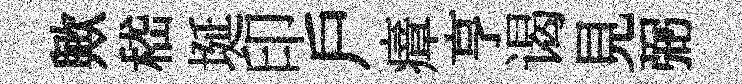
歟嵇埏印戶瘴亨谒見弼